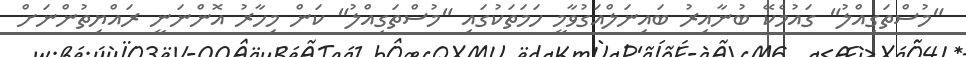
"މުސްތަގިއްލު" ގައުމެކޭ ބުނާއިރު ބައިނަލްއަގުވާމީ ހަމަތަކުގައި "މުސްތަގިއްލު" ކަން މިހާރު އޮންނަނީ ރައްޔިތުންނަށް